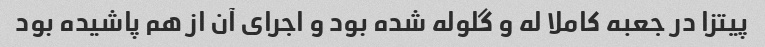
پیتزا در جعبه کاملا له و گلوله شده بود و اجرای آن از هم پاشیده بود